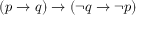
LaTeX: ( p \to q ) \to ( \neg q \to \neg p )